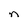
Character: n